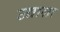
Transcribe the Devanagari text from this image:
उद्याला